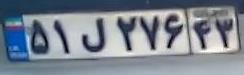
۵۱ل۲۷۶۴۳